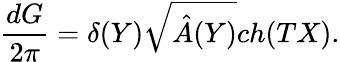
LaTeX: {\frac{dG}{2\pi}}=\delta(Y)\sqrt{\hat{A}(Y)}ch(TX).